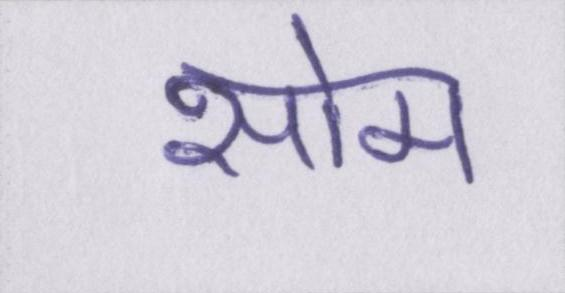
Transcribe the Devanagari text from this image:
सोम